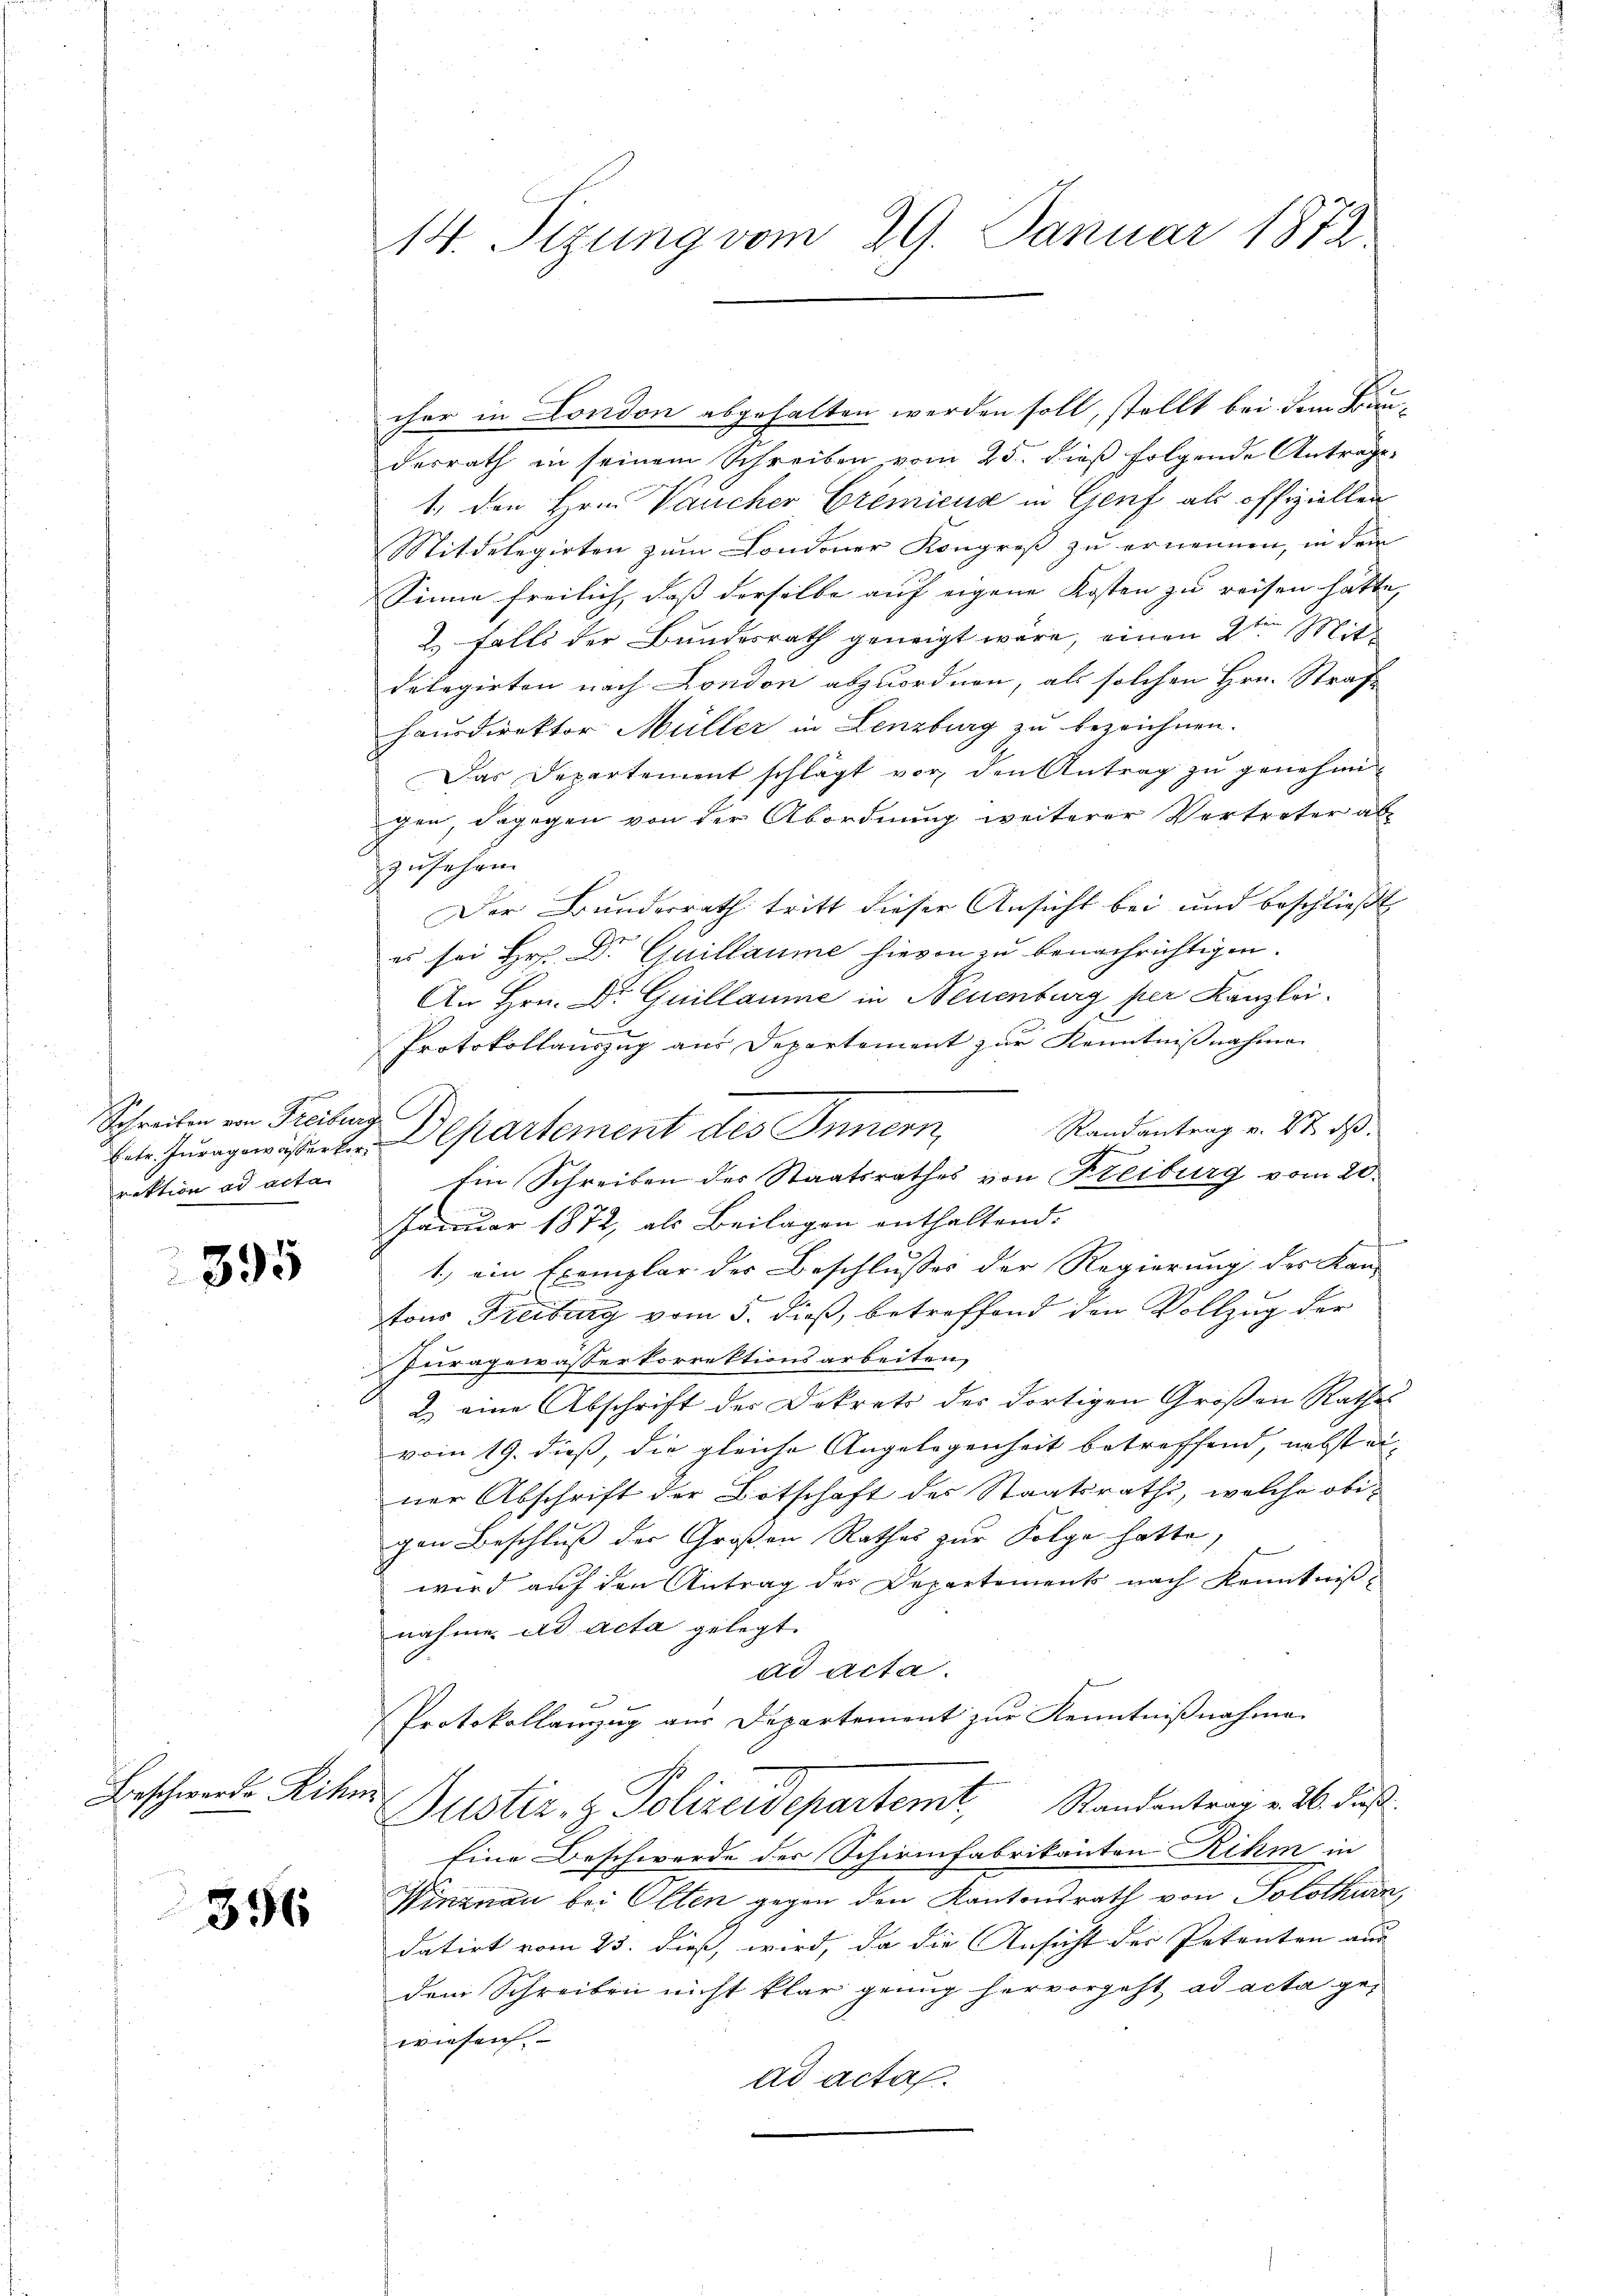
Schreiben von Freiburg
rektion ad acta

395

Beschwerde Rik.

396

14. Sizung vom 29. Januar 1882

cher in London abgehalten werden soll, stellt bei dem Bauderrath in seinem Schreiben vom 25. dieß folgende Antrage,
1., den Hrn. Vaucher Gremiens in Genf als offiziellen
Mitdelegirten zum Londoner Kongroß zu ernennen, in dem
Sinne freilich, dass derselbe auf eigene Kosten zu reisen hätte,
2. falls der Bundesrath geneigt wäre, einen 2ten Mitdelegirten nach London abzuordnen, als solchen Hrn. Strafe
Hausdirektor Müller in Lenzburg zu bezeichnen.
Das Departement schlägt vor den Antrag zu genehmigen dagegen von der Abordnung weiterer Vertreter ab-
zusehen.
Der Bundesrath tritt dieser Ansicht bei und beschließt
es sei Hr. Dr Guillaume hievon zu benachrichtigen.
An Hrn. Dr. Guillaume in Neuenburg per Kanzlei.
e
Protokollauszug aus Departement zur Kenntnißnahme
Randantrag v. 27. ds.
schen
Ein Schreiben des Staatsrathes von Freiburg vom 20.
Januar 1872, als Beilagen enthaltend.
f
1.) ein Exemplar der Beschlusses der Regierung des Kan-
tons Freiburg vom 5. dieß, betreffend den Vollzug der
Puragewasserkorrektionsarbeiten,
2.) eine Abschrift der Dekrets des dortigen Großen Rathes
vom 19. dieß, die gleiche Angelegenheit betreffend, nebst einer Abschrift der Botschaft des Staatsrath, welche obigen Beschluß der Großen Rathes zur Folge hatte,
wird auf den Antrag des Departements nach Kenntnißnahme ad acta gelegt.
ad acta.
Protokollanzug aus Departement zur Kenntnißnahme
u
Justiz- & Polizeidepartemt, Standentrag v. 26. Fuß
Eine Beschwerde der Schirmfabrikanton Rihm in
Winznau bei Olten gegen den Kantonsrath von Solothurn,
datirt vom 25. dieß, wird, da die Ansicht der Petenten aus
dem Schreiben nicht klar genug hervorgeht ad acta gewiesen.
ad acta.

Eiter Juragen werden Departement des Innern,